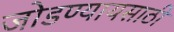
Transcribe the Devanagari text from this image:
जोडण्यायसाठी